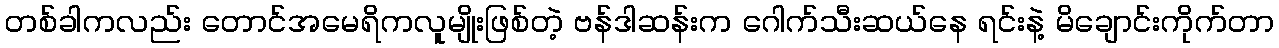
တစ်ခါကလည်း တောင်အမေရိကလူမျိုးဖြစ်တဲ့ ဗန်ဒါဆန်းက ဂေါက်သီးဆယ်နေ ရင်းနဲ့ မိချောင်းကိုက်တာ